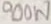
Text: 900W